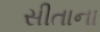
સીતાના